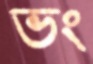
ভং